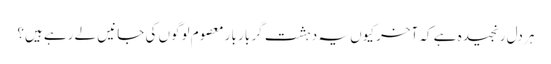
ہر دل رنجیدہ ہے کہ آخر کیوں یہ دہشت گر بار بار معصوم لوگوں کی جانیں لے رہے ہیں؟